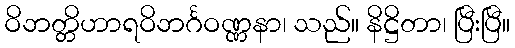
ဝိဘတ္တိဟာရဝိဘင်္ဂဝဏ္ဏနာ၊ သည်။ နိဋ္ဌိတာ၊ ပြီးပြီ။